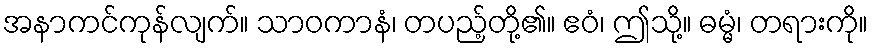
အနာကင်ကုန်လျက်။ သာဝကာနံ၊ တပည့်တို့၏။ ဧဝံ၊ ဤသို့။ ဓမ္မံ၊ တရားကို။